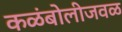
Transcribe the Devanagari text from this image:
कळंबोलीजवळ